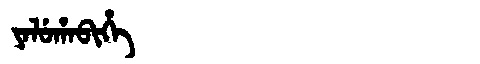
Manchu: ᠶᠠᠯᡠᡥᠠᠪᡳᡥᡝ
Romanization: YALUHABIHE